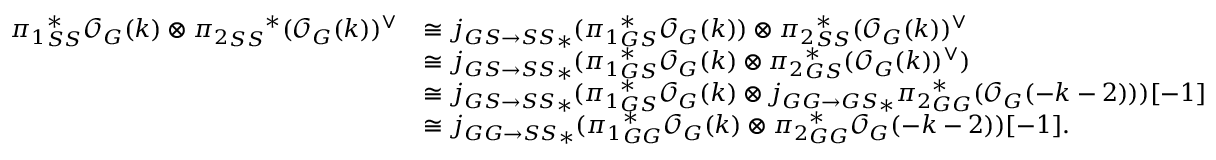
\begin{array} { r l } { { \pi _ { 1 } } _ { S S } ^ { * } \mathcal { O } _ { G } ( k ) \otimes { { \pi _ { 2 } } _ { S S } } ^ { * } ( \mathcal { O } _ { G } ( k ) ) ^ { \vee } } & { \cong { j _ { G S \rightarrow S S } } _ { * } ( { \pi _ { 1 } } _ { G S } ^ { * } \mathcal { O } _ { G } ( k ) ) \otimes { \pi _ { 2 } } _ { S S } ^ { * } ( \mathcal { O } _ { G } ( k ) ) ^ { \vee } } \\ & { \cong { j _ { G S \rightarrow S S } } _ { * } ( { \pi _ { 1 } } _ { G S } ^ { * } \mathcal { O } _ { G } ( k ) \otimes { \pi _ { 2 } } _ { G S } ^ { * } ( \mathcal { O } _ { G } ( k ) ) ^ { \vee } ) } \\ & { \cong { j _ { G S \rightarrow S S } } _ { * } ( { \pi _ { 1 } } _ { G S } ^ { * } \mathcal { O } _ { G } ( k ) \otimes { j _ { G G \rightarrow G S } } _ { * } { \pi _ { 2 } } _ { G G } ^ { * } ( \mathcal { O } _ { G } ( - k - 2 ) ) ) [ - 1 ] } \\ & { \cong { j _ { G G \rightarrow S S } } _ { * } ( { \pi _ { 1 } } _ { G G } ^ { * } \mathcal { O } _ { G } ( k ) \otimes { \pi _ { 2 } } _ { G G } ^ { * } \mathcal { O } _ { G } ( - k - 2 ) ) [ - 1 ] . } \end{array}